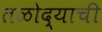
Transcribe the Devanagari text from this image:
तळोद्याची